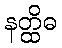
နတ္ထိဓ